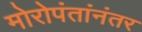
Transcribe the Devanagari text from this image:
मोरोपंतांनंतर